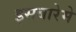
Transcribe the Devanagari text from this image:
इसबारेमे